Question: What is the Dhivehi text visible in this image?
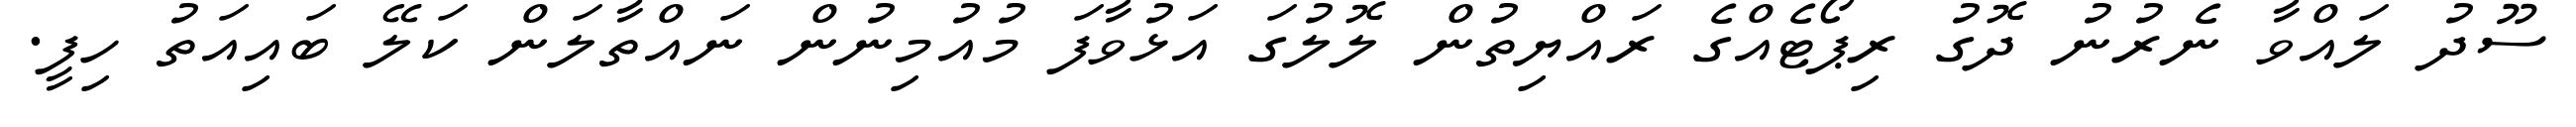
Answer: ސޫދު ލައްވާ ނެރުނު ދޮގު ރިޕޯޓެއްގެ ރައްޔިތުން ލޮލުގަ އަޅުވާފަ މުއުމިނުން ނައްތާލަން ކަލޭ ބައިއަތު ހިފީ.